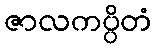
ဇာလကပ္ပိတံ